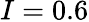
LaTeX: I=0.6